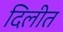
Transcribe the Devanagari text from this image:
दिलीत